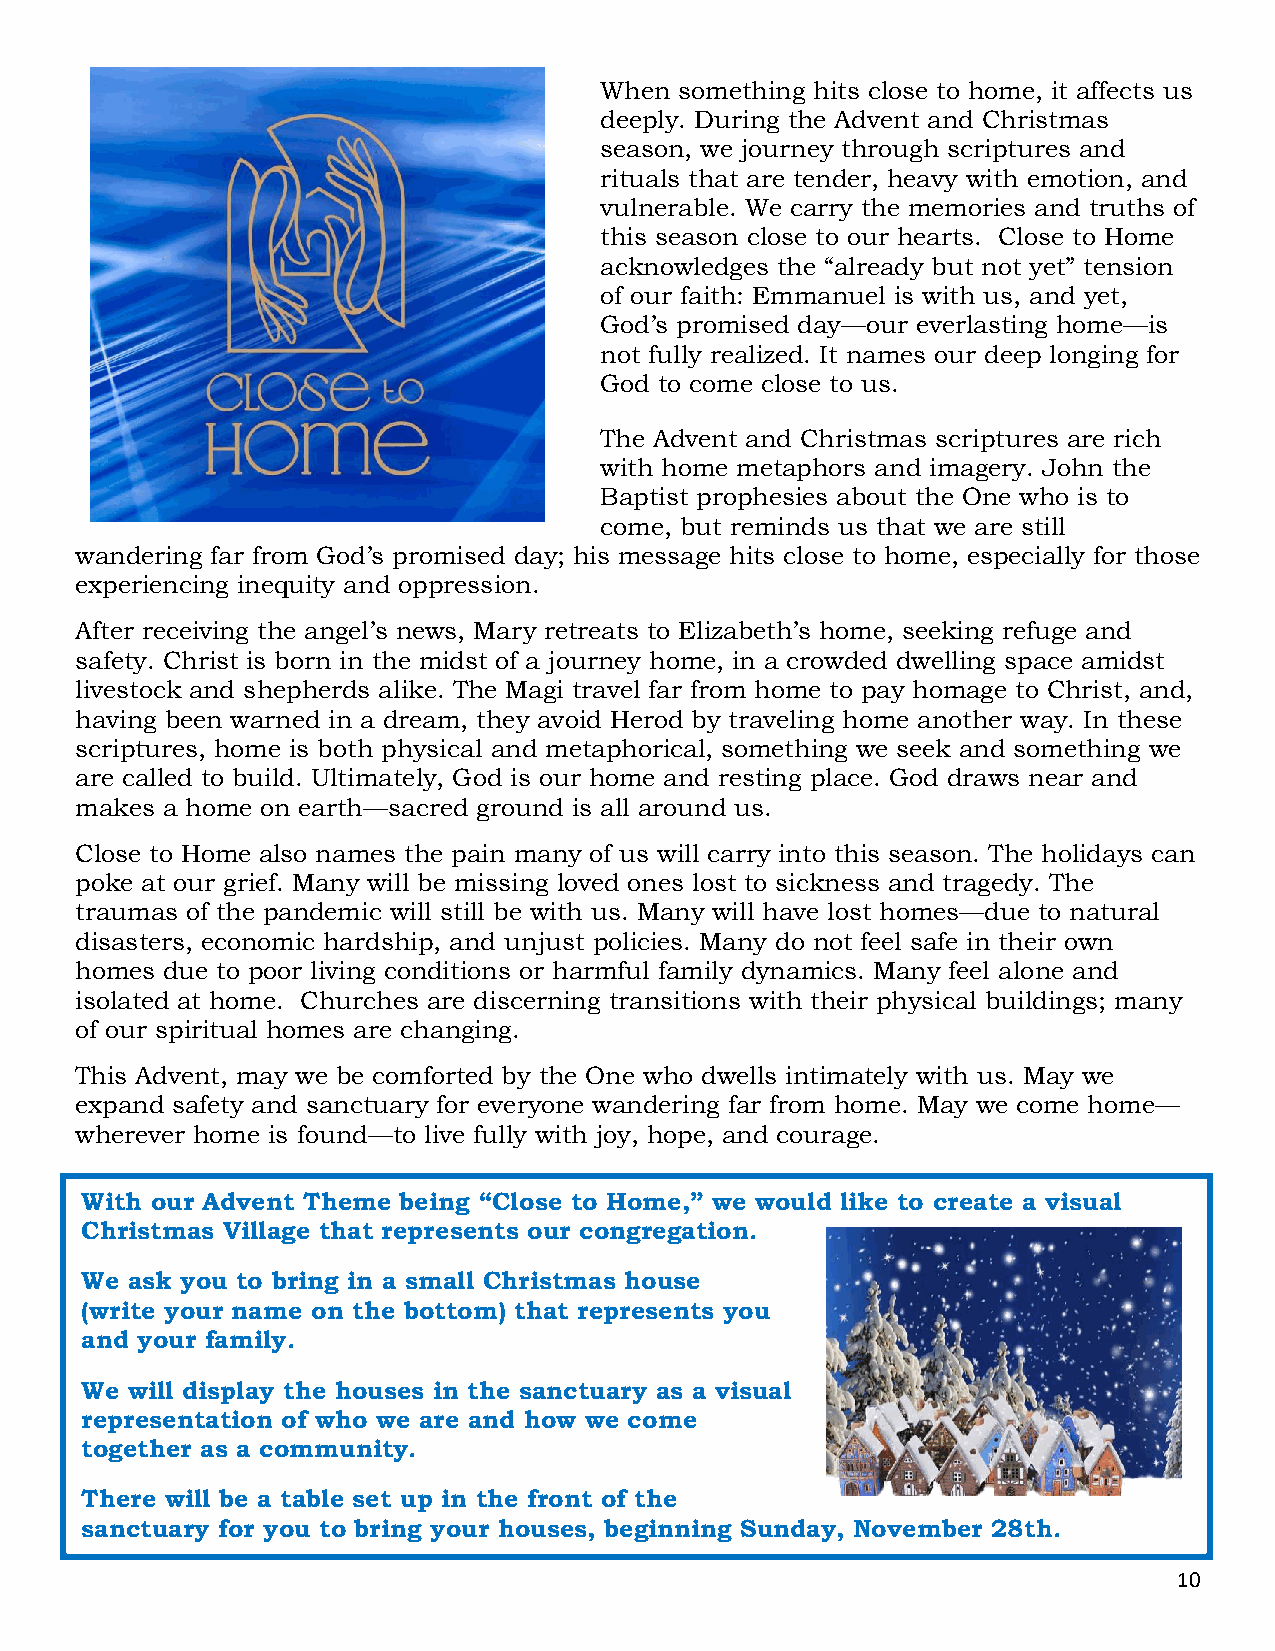
When something hits close to home, it affects us
 deeply. During the Advent and Christmas
 season, we journey through scriptures and
 rituals that are tender, heavy with emotion, and
 vulnerable. We carry the memories and truths of
 this season close to our hearts. Close to Home
 acknowledges the “already but not yet” tension
 of our faith: Emmanuel is with us, and yet,
 God’s promised day—our everlasting home—is
 not fully realized. It names our deep longing for
 God to come close to us.
 The Advent and Christmas scriptures are rich
 with home metaphors and imagery. John the
 Baptist prophesies about the One who is to
 come, but reminds us that we are still
 wandering far from God’s promised day; his message hits close to home, especially for those
 experiencing inequity and oppression.
 After receiving the angel’s news, Mary retreats to Elizabeth’s home, seeking refuge and
 safety. Christ is born in the midst of a journey home, in a crowded dwelling space amidst
 livestock and shepherds alike. The Magi travel far from home to pay homage to Christ, and,
 having been warned in a dream, they avoid Herod by traveling home another way. In these
 scriptures, home is both physical and metaphorical, something we seek and something we
 are called to build. Ultimately, God is our home and resting place. God draws near and
 makes a home on earth—sacred ground is all around us.
 Close to Home also names the pain many of us will carry into this season. The holidays can
 poke at our grief. Many will be missing loved ones lost to sickness and tragedy. The
 traumas of the pandemic will still be with us. Many will have lost homes—due to natural
 disasters, economic hardship, and unjust policies. Many do not feel safe in their own
 homes due to poor living conditions or harmful family dynamics. Many feel alone and
 isolated at home. Churches are discerning transitions with their physical buildings; many
 of our spiritual homes are changing.
 This Advent, may we be comforted by the One who dwells intimately with us. May we
 expand safety and sanctuary for everyone wandering far from home. May we come home—
 wherever home is found—to live fully with joy, hope, and courage.
 With our Advent Theme being “Close to Home,” we would like to create a visual
 Christmas Village that represents our congregation.
 We ask you to bring in a small Christmas house
 (write your name on the bottom) that represents you
 and your family.
 We will display the houses in the sanctuary as a visual
 representation of who we are and how we come
 together as a community.
 There will be a table set up in the front of the
 sanctuary for you to bring your houses, beginning Sunday, November 28th.
 10